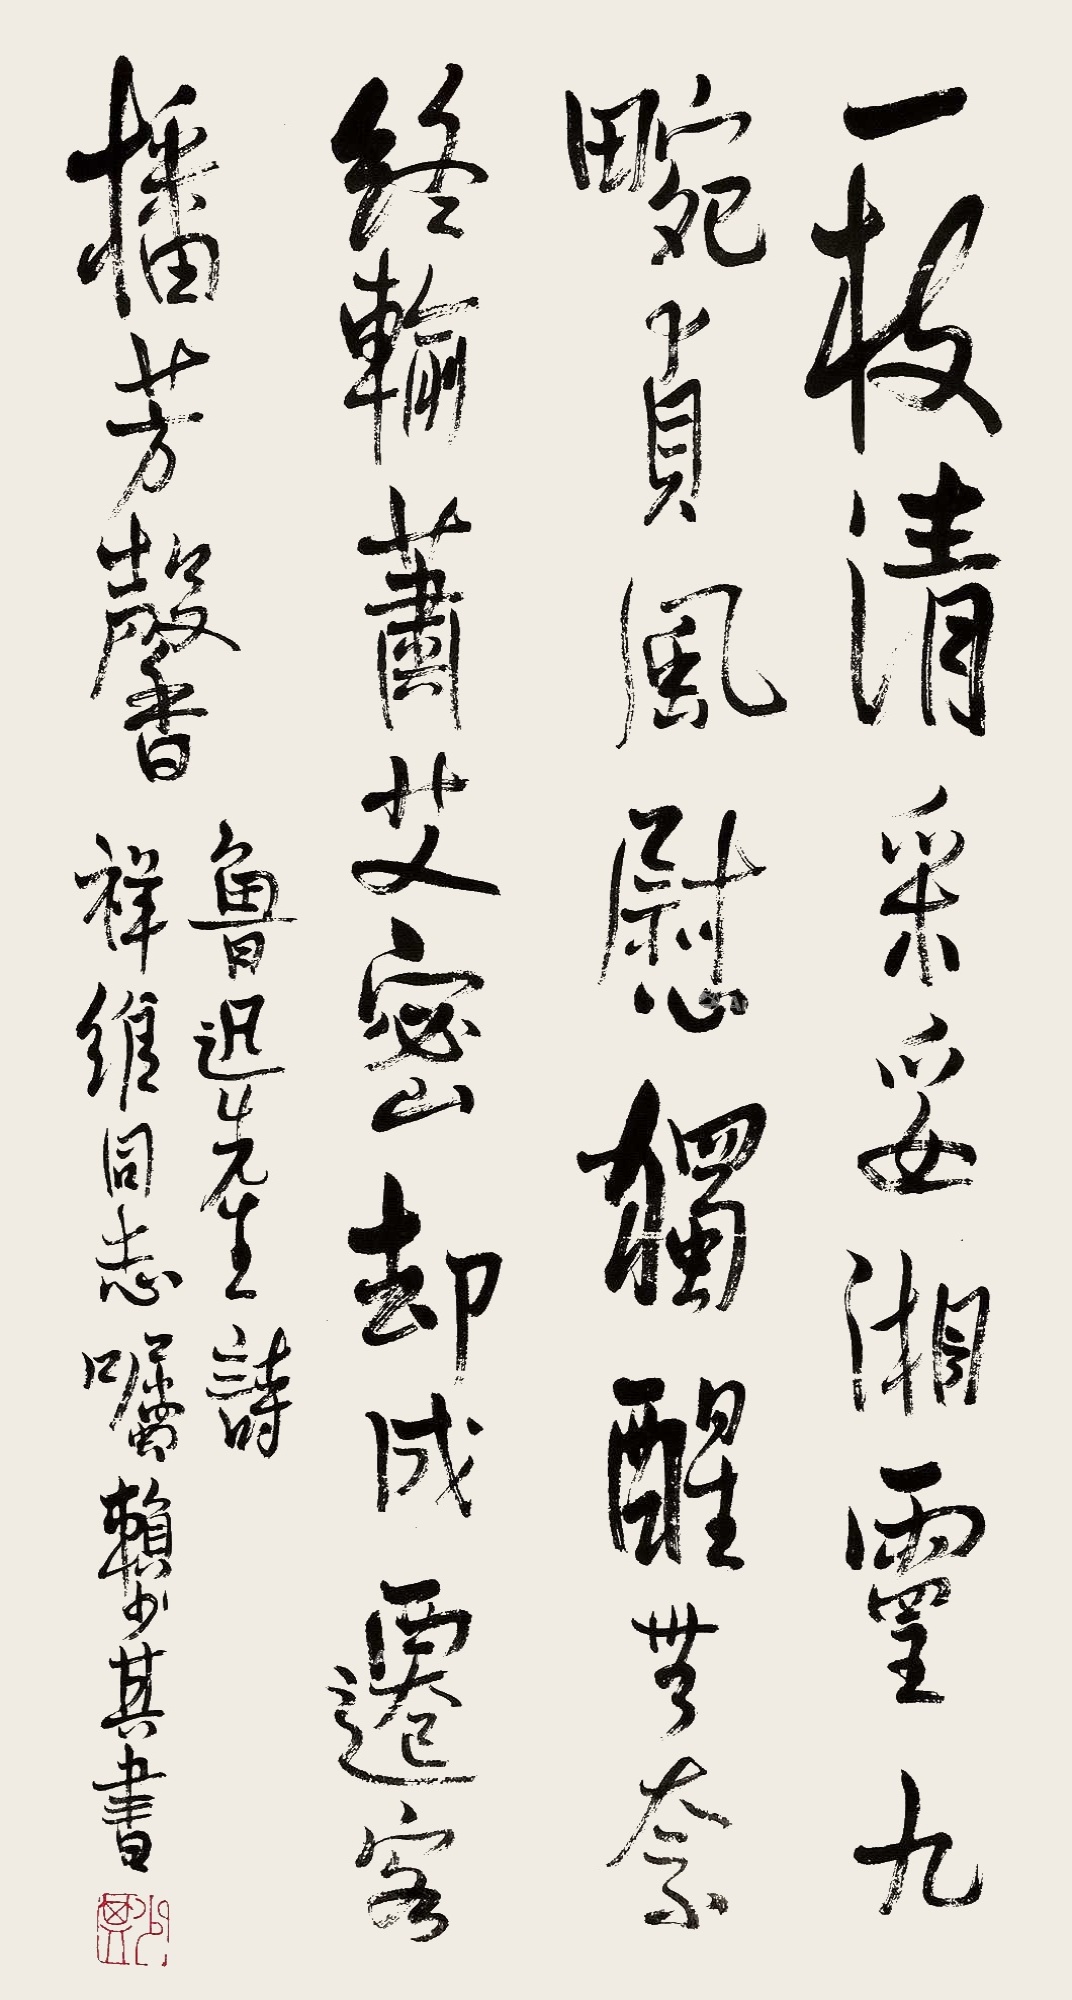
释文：一支清采妥湘灵，九畹贞风慰独醒。无奈终输萧艾密，却成迁客播芳馨。鲁迅先生诗，祥维同志嘱，赖少其书。